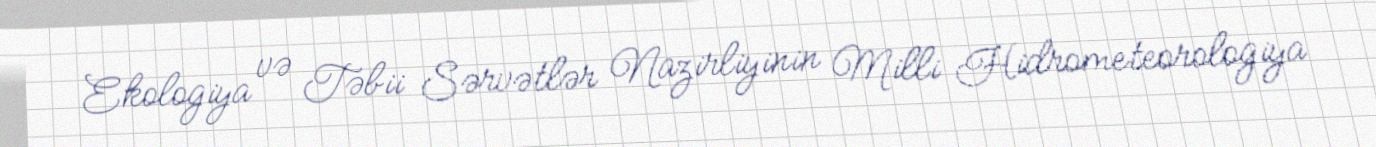
Ekologiya və Təbii Sərvətlər Nazirliyinin Milli Hidrometeorologiya